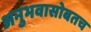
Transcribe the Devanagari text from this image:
अनुभवासोबतच